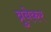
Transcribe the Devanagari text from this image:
ब्रुबेकर